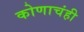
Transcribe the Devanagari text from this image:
कोणाचंही